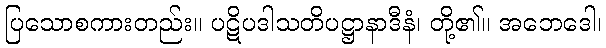
ပြသောစကားတည်း။ ပဋိပဒါသတိပဋ္ဌာနာဒီနံ၊ တို့၏။ အဘေဒေါ၊